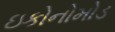
ઇકોનોમોડ